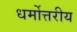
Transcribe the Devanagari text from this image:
धर्मोत्तरीय